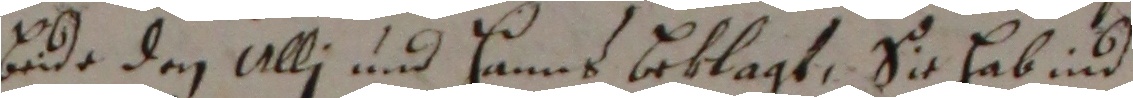
bude den Ulli und Hanms beklagt, Sie habind